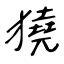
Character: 獟